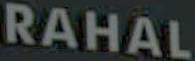
RAHAL